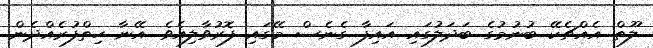
ލޫތް އެއްޗެކޭ ބުނުމުގެ ބަދަލުގައި އައިފާ ގެނެސް މޭގައި ފޮރުވާލިއެވެ. އޭނާ ހިތްފުރެއްދެން